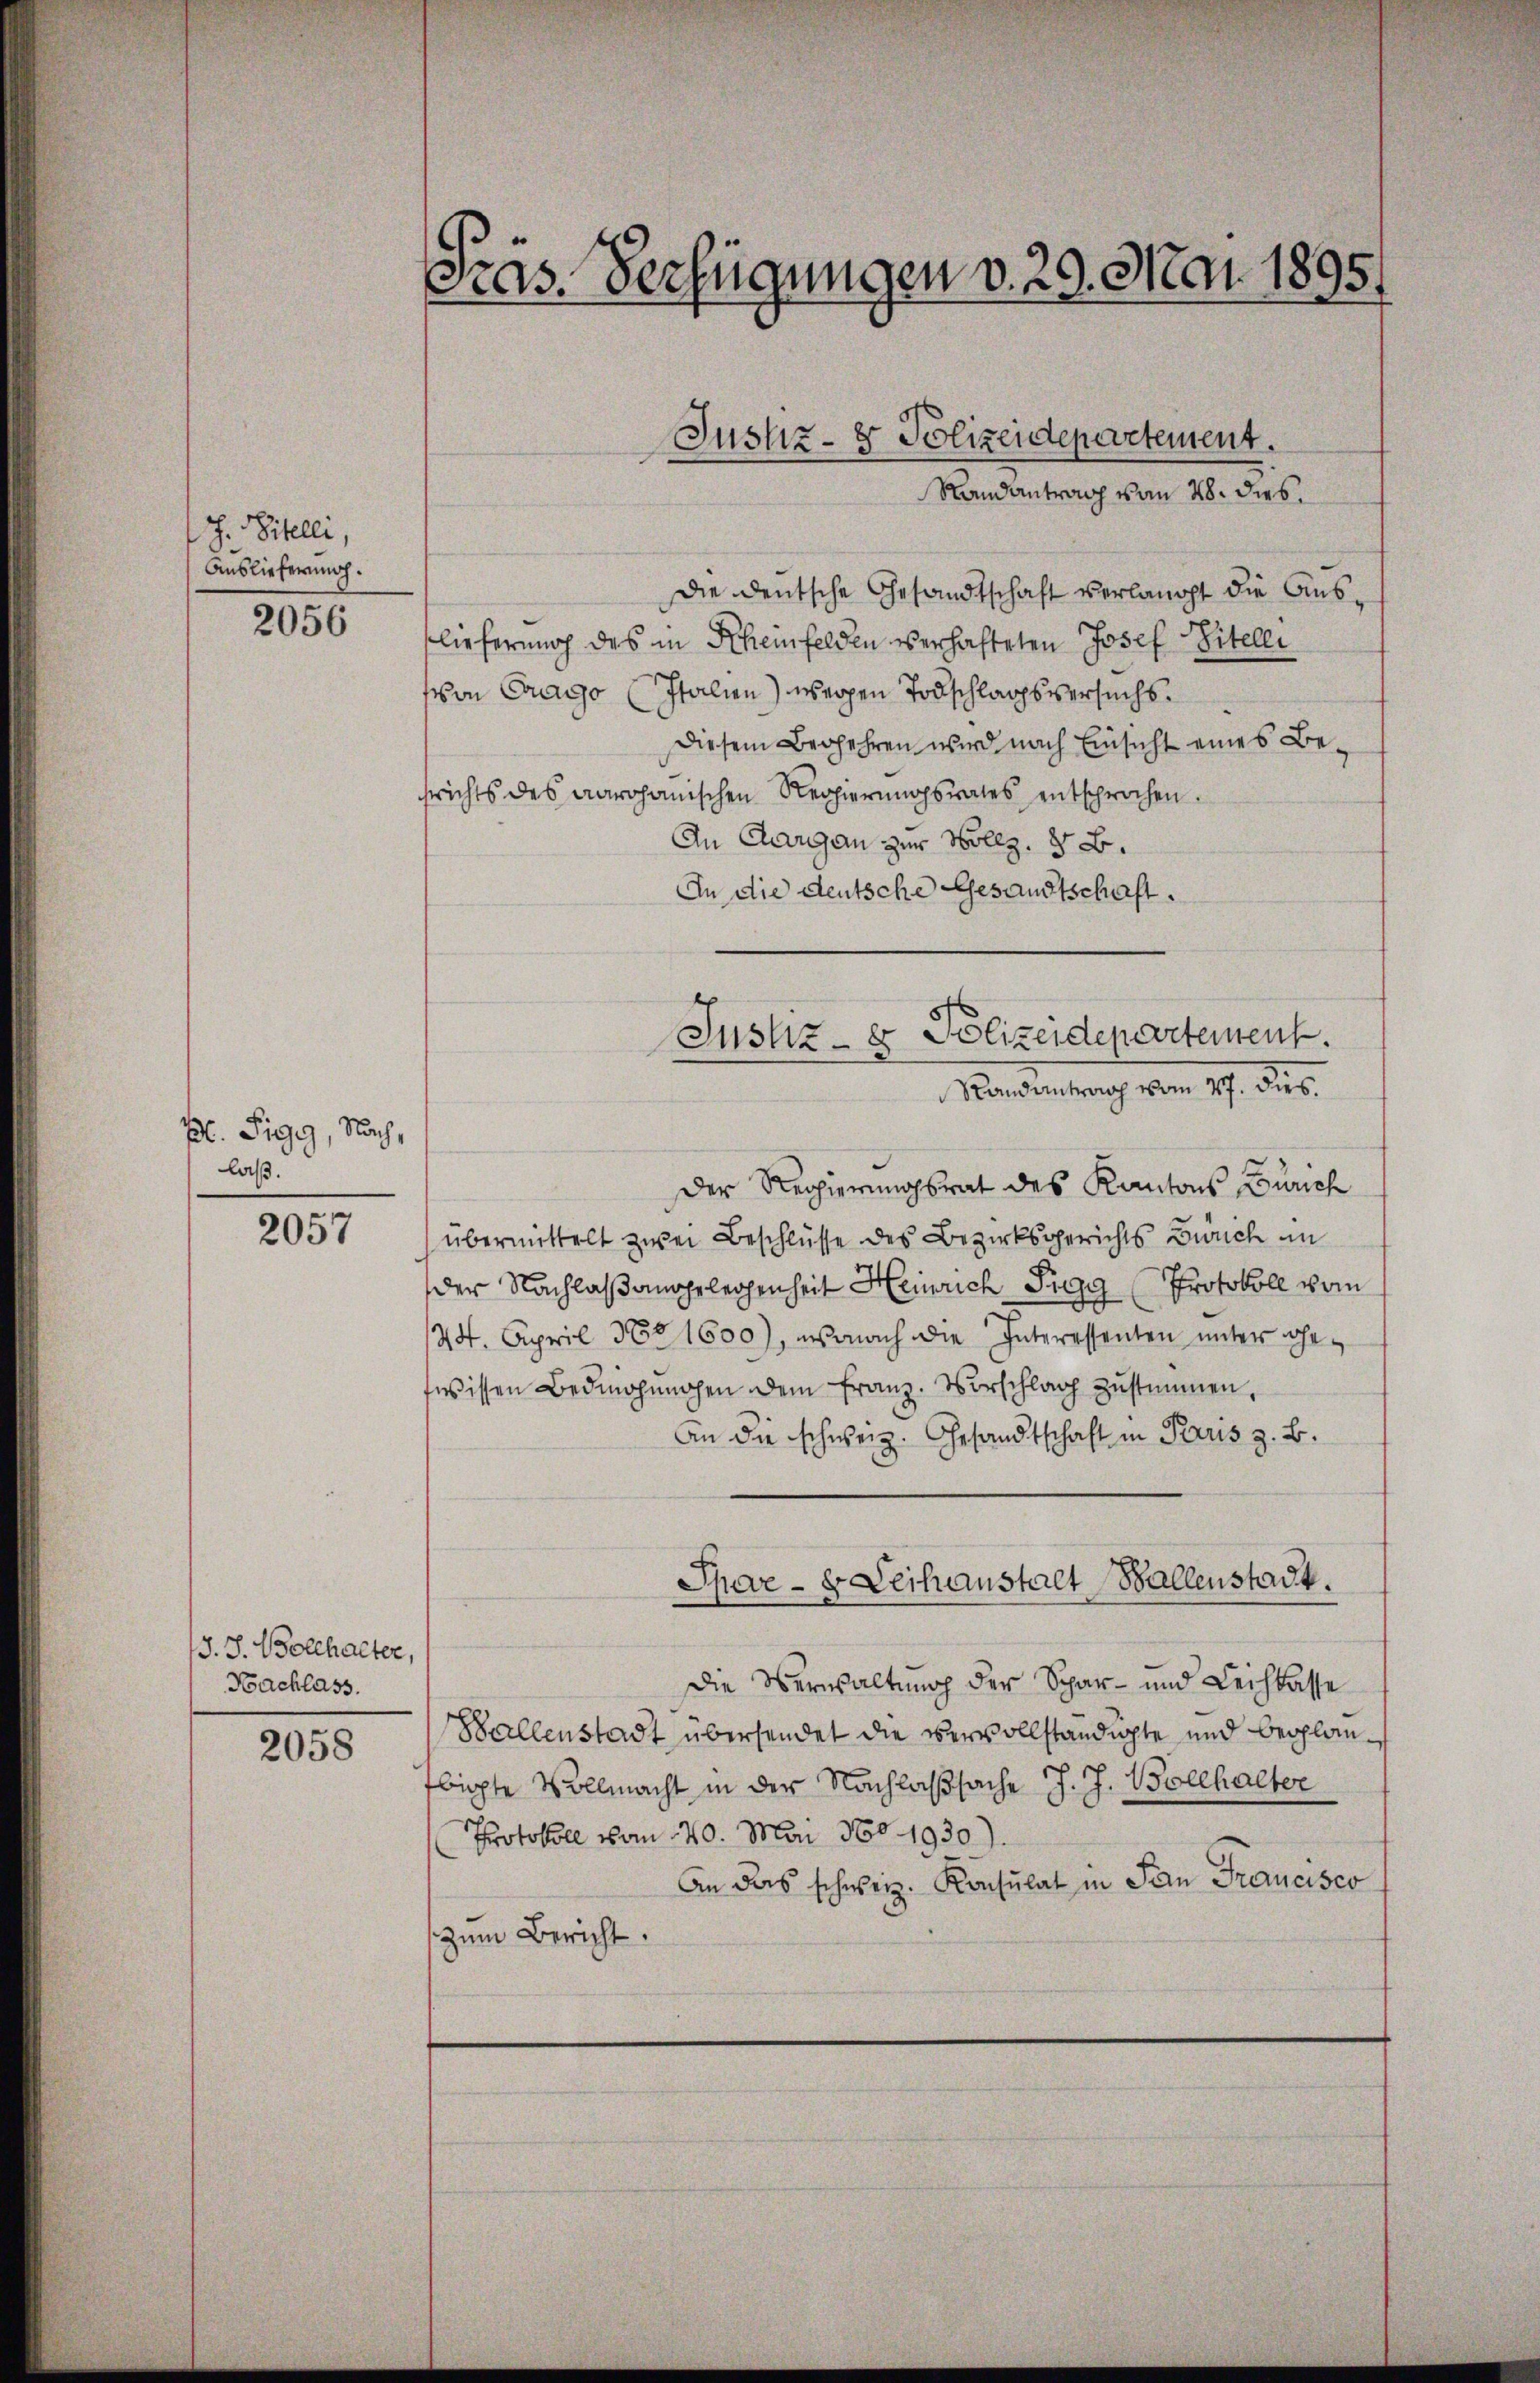
J. Titelli,
Auslieferung.

2056

Bl. Sigg, Nach,
laß.

2057

13. J. Bollhalter,
Nachlass.

2058

3
as. Verfügungen v. 29. Mai 1895.

die deutsche Gesandtschaft verlangt die Auslieferung des in Scheinfelden verhafteten Josef Stelle
son Crago (Italien) wegen Todschlagsversuchs.
Diesem Begehren wird nach Einsicht eines Besrichts des aarganischen Regierŭngsrates entsprochen.
An Aargau zur Vollz. § B.
In die deutsche Gesandtschaft.
Der Regierungsrat des Kantons Zürich
übermittelt zwei Beschlüsse des Bezirksgerichts Bruch im
der Nachlaßangelegenheit Heinrich Sigg (Protokoll vom
124. April Nr 1600), wonach die Interessenten unter eheswissen Bedingungen dem franz. Vorschlag zŭstimmen,
An die schweiz. Gesandtschaft in Paris z. B.
Spave - Leihanstalt Ballenstadt.
Die Verwaltung der Spar- und Leichlasse
Hallenstadt übersendet die vervollständigte und beglaubigte Vollmacht in der Nachlaßsache J. J. Bollhalter
Protokoll vom 20. Mai 180. 1930.)
An das schweiz. Konsulat in San Francisco
zum Bericht.

Justiz- & Polizeidepartement.
Randantrag vom 28. dies

Justiz- & Polizeidepartement.
Randantrag vom 17. ders.